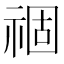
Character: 祻